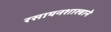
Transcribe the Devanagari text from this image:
रसायनशास्त्राने